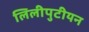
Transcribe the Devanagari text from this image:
लिलीपुटीयन